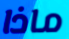
ماذا